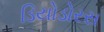
ડિયોડોરસ